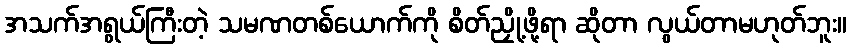
အသက်အရွယ်ကြီးတဲ့ သမဏတစ်ယောက်ကို စိတ်ညှို့ဖို့ရာ ဆိုတာ လွယ်တာမဟုတ်ဘူး။